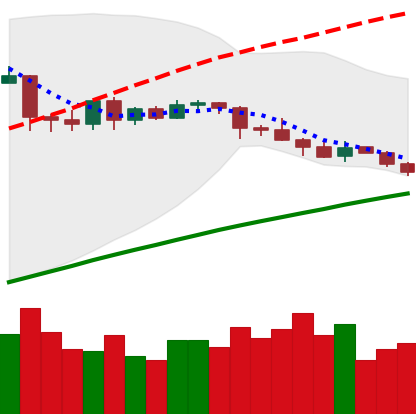
Ticker: LTC-USD
Chart end date: 2019-04-29
Forward return: 14.867%
Label: up_7plus